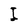
Character: I